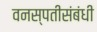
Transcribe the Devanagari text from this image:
वनस्पतीसंबंधी